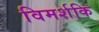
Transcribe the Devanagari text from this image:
विमर्शकि